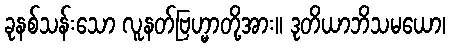
ခုနစ်သန်းသော လူနတ်ဗြဟ္မာတို့အား။ ဒုတိယာဘိသမယော၊